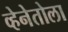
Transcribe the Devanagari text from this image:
व्हेनेतोला